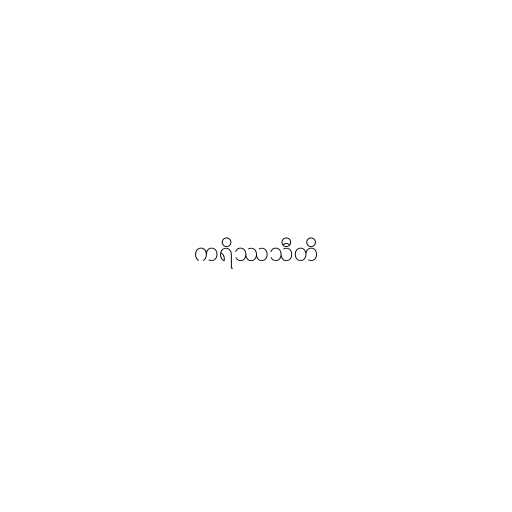
ကရိဿသီတိ